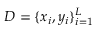
D = \{ x _ { i } , y _ { i } \} _ { i = 1 } ^ { L }